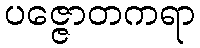
ပဇ္ဇောတကရာ